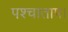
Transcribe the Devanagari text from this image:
पश्चाताप।